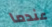
عندما